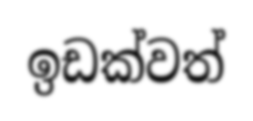
ඉඩක්වත්